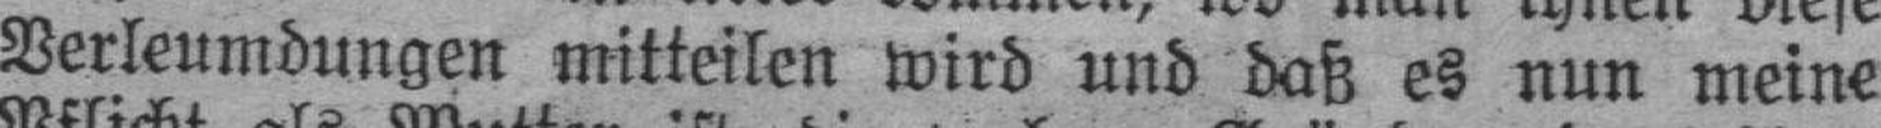
Verleumdungen mitteilen wird und daß es nun meine